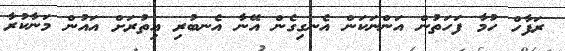
ރަފާހް ހުމާ ފަހަތުން އަންނަކަން އެނގިގެން އޭނާ އެނބުރި އިތުރަށް އައުން މަނާކުރާ